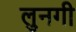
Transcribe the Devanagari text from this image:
लुनगी